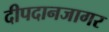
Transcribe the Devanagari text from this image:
दीपदानजागर